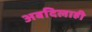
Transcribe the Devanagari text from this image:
अबदिलाही